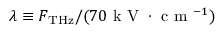
\lambda \equiv F _ { \mathrm { { T H z } } } / ( 7 0 \mathrm { ~ k ~ V ~ } \cdot \mathrm { ~ c ~ m ~ } ^ { - 1 } )